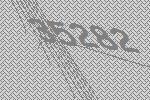
35282